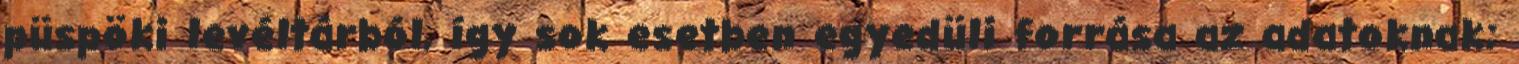
püspöki levéltárból, így sok esetben egyedüli forrása az adatoknak;